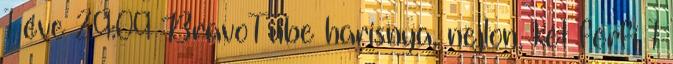
1 éve 29:09 BravoTube harisnya, nejlon, két férfi 1